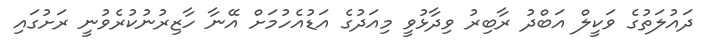
ދައުލަތުގެ ވަކީލް އަބްދު ރާބިރު ވިދާޅުވީ މިއަދުގެ އަޑުއެހުމަށް އޭނާ ހާޒިރުނުކުރެވުނީ ރަށުގައި